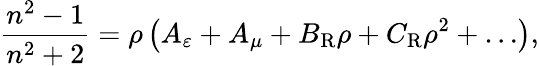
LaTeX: \frac{n^{2}-1}{n^{2}+2}=\rho\left(A_{\varepsilon}+A_{\mu}+B_{\mathrm{R}}\rho+C_{\mathrm{R}}\rho^{2}+\ldots\right),